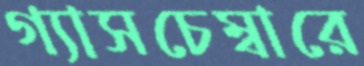
গ্যাসচেম্বারে